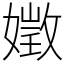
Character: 嬍